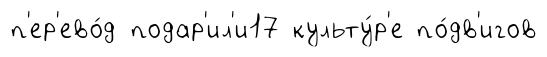
п'ер'ево́д подар'ил'и17 культу́р'е по́дв'игов